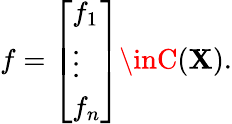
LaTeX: f={\left[\begin{array}{l}{f_{1}}\\ {\vdots}\\ {f_{n}}\end{array}\right]}\inC(\mathbf{X}).